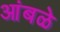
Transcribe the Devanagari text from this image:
आंबळे